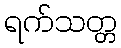
ရက်သတ္တ